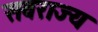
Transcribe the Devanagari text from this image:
सवराज्य